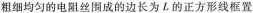
粗细均匀的电阻丝围成的边长为L的正方形线框置